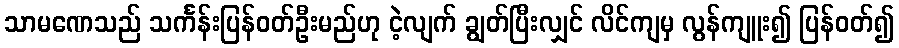
သာမဏေသည် သင်္ကန်းပြန်ဝတ်ဦးမည်ဟု ငဲ့လျက် ချွတ်ပြီးလျှင် လိင်ကျမှ လွန်ကျူး၍ ပြန်ဝတ်၍